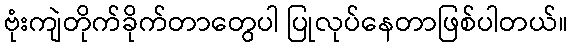
ဗုံးကျဲတိုက်ခိုက်တာတွေပါ ပြုလုပ်နေတာဖြစ်ပါတယ်။